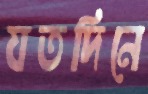
যতদিনে